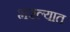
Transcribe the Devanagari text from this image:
भरल्यात